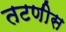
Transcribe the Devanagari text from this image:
तटणीस